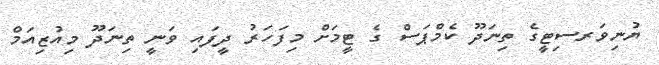
ޔުނިވަރސިޓީގެ ތިނަދޫ ކެމްޕަސް ގެ ޓީމަށް މިފަހަރު ދީފައި ވަނީ ތިނަދޫ މިއުޒިއަމް